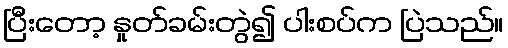
ပြီးတော့ နှုတ်ခမ်းတွဲ၍ ပါးစပ်က ပြဲသည်။